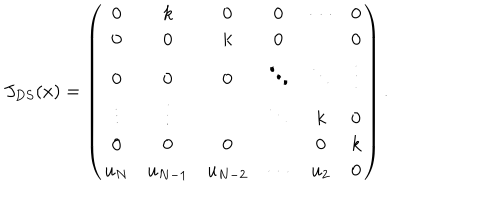
J _ { D S } ( x ) = \left( \begin{array} { c c c c c c } { { 0 } } & { { k } } & { { 0 } } & { { 0 } } & { { \cdots } } & { { 0 } } \\ { { 0 } } & { { 0 } } & { { k } } & { { 0 } } & { { } } & { { 0 } } \\ { { 0 } } & { { 0 } } & { { 0 } } & { { \ddots } } & { { \ddots } } & { { \vdots } } \\ { { \vdots } } & { { \vdots } } & { { } } & { { \ddots } } & { { k } } & { { 0 } } \\ { { 0 } } & { { 0 } } & { { 0 } } & { { } } & { { 0 } } & { { k } } \\ { { u _ { N } } } & { { u _ { N - 1 } } } & { { u _ { N - 2 } } } & { { \cdots } } & { { u _ { 2 } } } & { { 0 } } \\ \end{array} \right) .